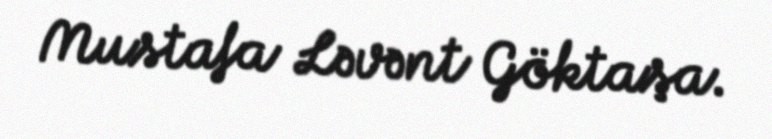
Mustafa Ləvənt Göktaşa.